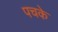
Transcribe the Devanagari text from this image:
पचके